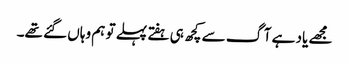
مجھے یاد ہے آگ سے کچھ ہی ہفتے پہلے تو ہم وہاں گئے تھے۔